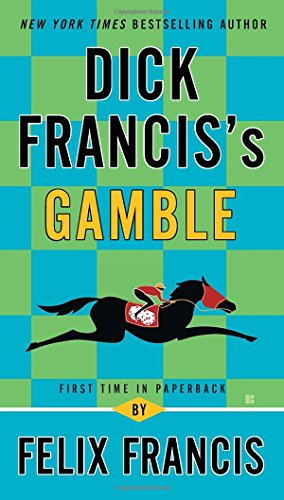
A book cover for Dick Francis's Gamble; Felix Francis; Literature & Fiction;